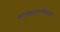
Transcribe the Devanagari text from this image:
संस्कृतभाषेमध्ये